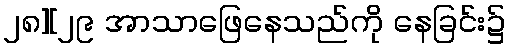
၂၈][၂၉ အာသာဖြေနေသည်ကို နေခြင်း၌